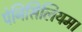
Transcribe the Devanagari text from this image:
पेनिसिलियम।